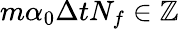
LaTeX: m\alpha_{0}\Delta tN_{f}\in\mathbb{Z}